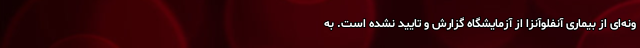
ونه‌‌ای از بیماری آنفلوآنزا از آزمایشگاه گزارش و تایید نشده است. به